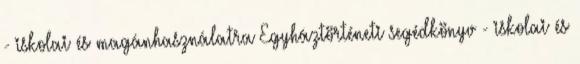
- iskolai és magánhasználatra Egyháztörténeti segédkönyv - iskolai és